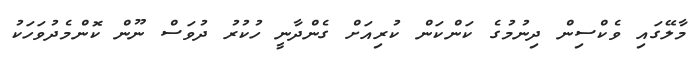
މާލޭގައި ވެކްސިން ދިނުމުގެ ކަންކަން ކުރިއަށް ގެންދާނީ ހުކުރު ދުވަސް ނޫން ކޮންމެދުވަހަކު